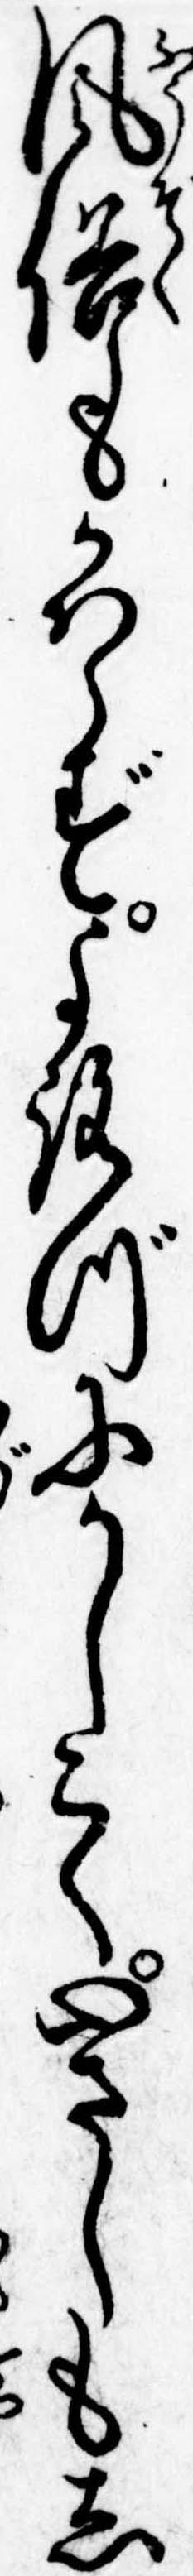
風俗もかはらずよろづにかしこく心さしもし